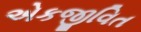
એકજીવિત